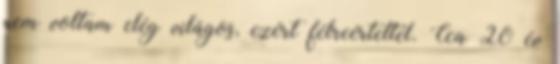
nem voltam elég világos, ezért félreértettél. Cca 20 év